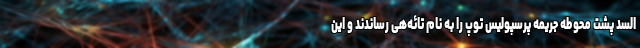
السد پشت محوطه جریمه پرسپولیس توپ‌ را به نام تائه‌هی رساندند و این